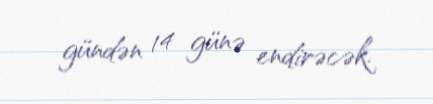
gündən 14 günə endirəcək.